Vaccination in the Punjab 1905-1918 - 1905-1918
Year: 1905
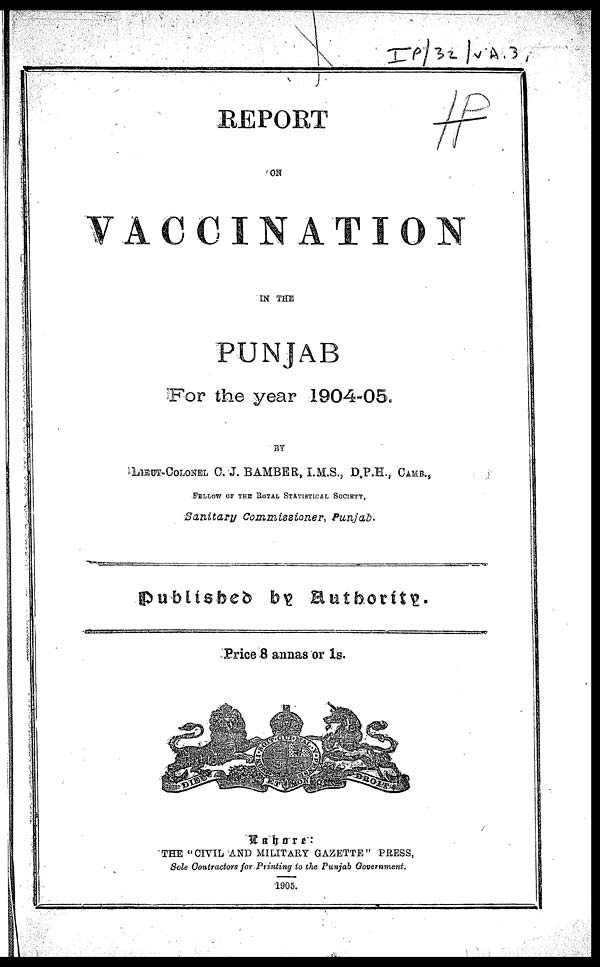
REPORT
ON
VACCINATION
IN THE
PUNJAB
For the year 1904-05.
BY
LIEUT-COLONEL C. J. BAMBER, I.M.S., D.P.H., CAMB.,
FOLLOW OF THE ROYAL STATISTICAL SOCIETY,
Sanitary Commissioner,
Punjab.
published by Authority.
Price 8 annas or 1s.
Lahore:
THE "CIVIL AND MILITARY GAZETTE" PRESS,
Sole Contractors for Printing to the Punjab Government.
1905.